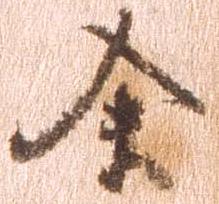
余